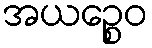
အယဉ္စေဝ